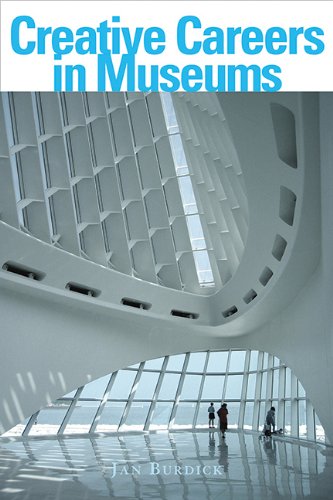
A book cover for Creative Careers in Museums; Jan E. Burdick; Business & Money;